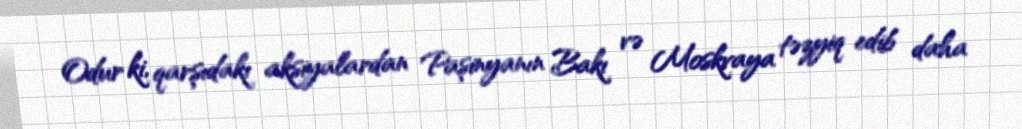
Odur ki, qarşıdakı aksiyalardan Paşinyanın Bakı və Moskvaya təzyiq edib daha